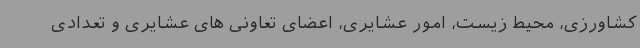
کشاورزی، محیط زیست، امور عشایری، اعضای تعاونی های عشایری و تعدادی